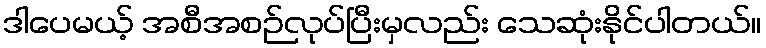
ဒါပေမယ့် အစီအစဉ်လုပ်ပြီးမှလည်း သေဆုံးနိုင်ပါတယ်။